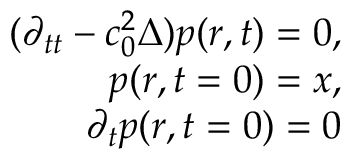
\begin{array} { r } { ( \partial _ { t t } - c _ { 0 } ^ { 2 } \Delta ) p ( r , t ) = 0 , } \\ { p ( r , t = 0 ) = x , } \\ { \partial _ { t } p ( r , t = 0 ) = 0 } \end{array}